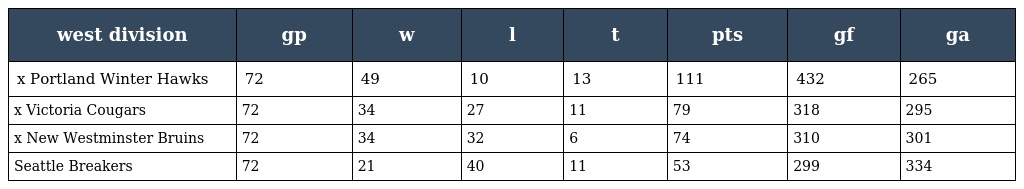
| west division | gp | w | l | t | pts | gf | ga |
 | --- | --- | --- | --- | --- | --- | --- | --- |
 | x Portland Winter Hawks | 72 | 49 | 10 | 13 | 111 | 432 | 265 |
 | x Victoria Cougars | 72 | 34 | 27 | 11 | 79 | 318 | 295 |
 | x New Westminster Bruins | 72 | 34 | 32 | 6 | 74 | 310 | 301 |
 | Seattle Breakers | 72 | 21 | 40 | 11 | 53 | 299 | 334 |